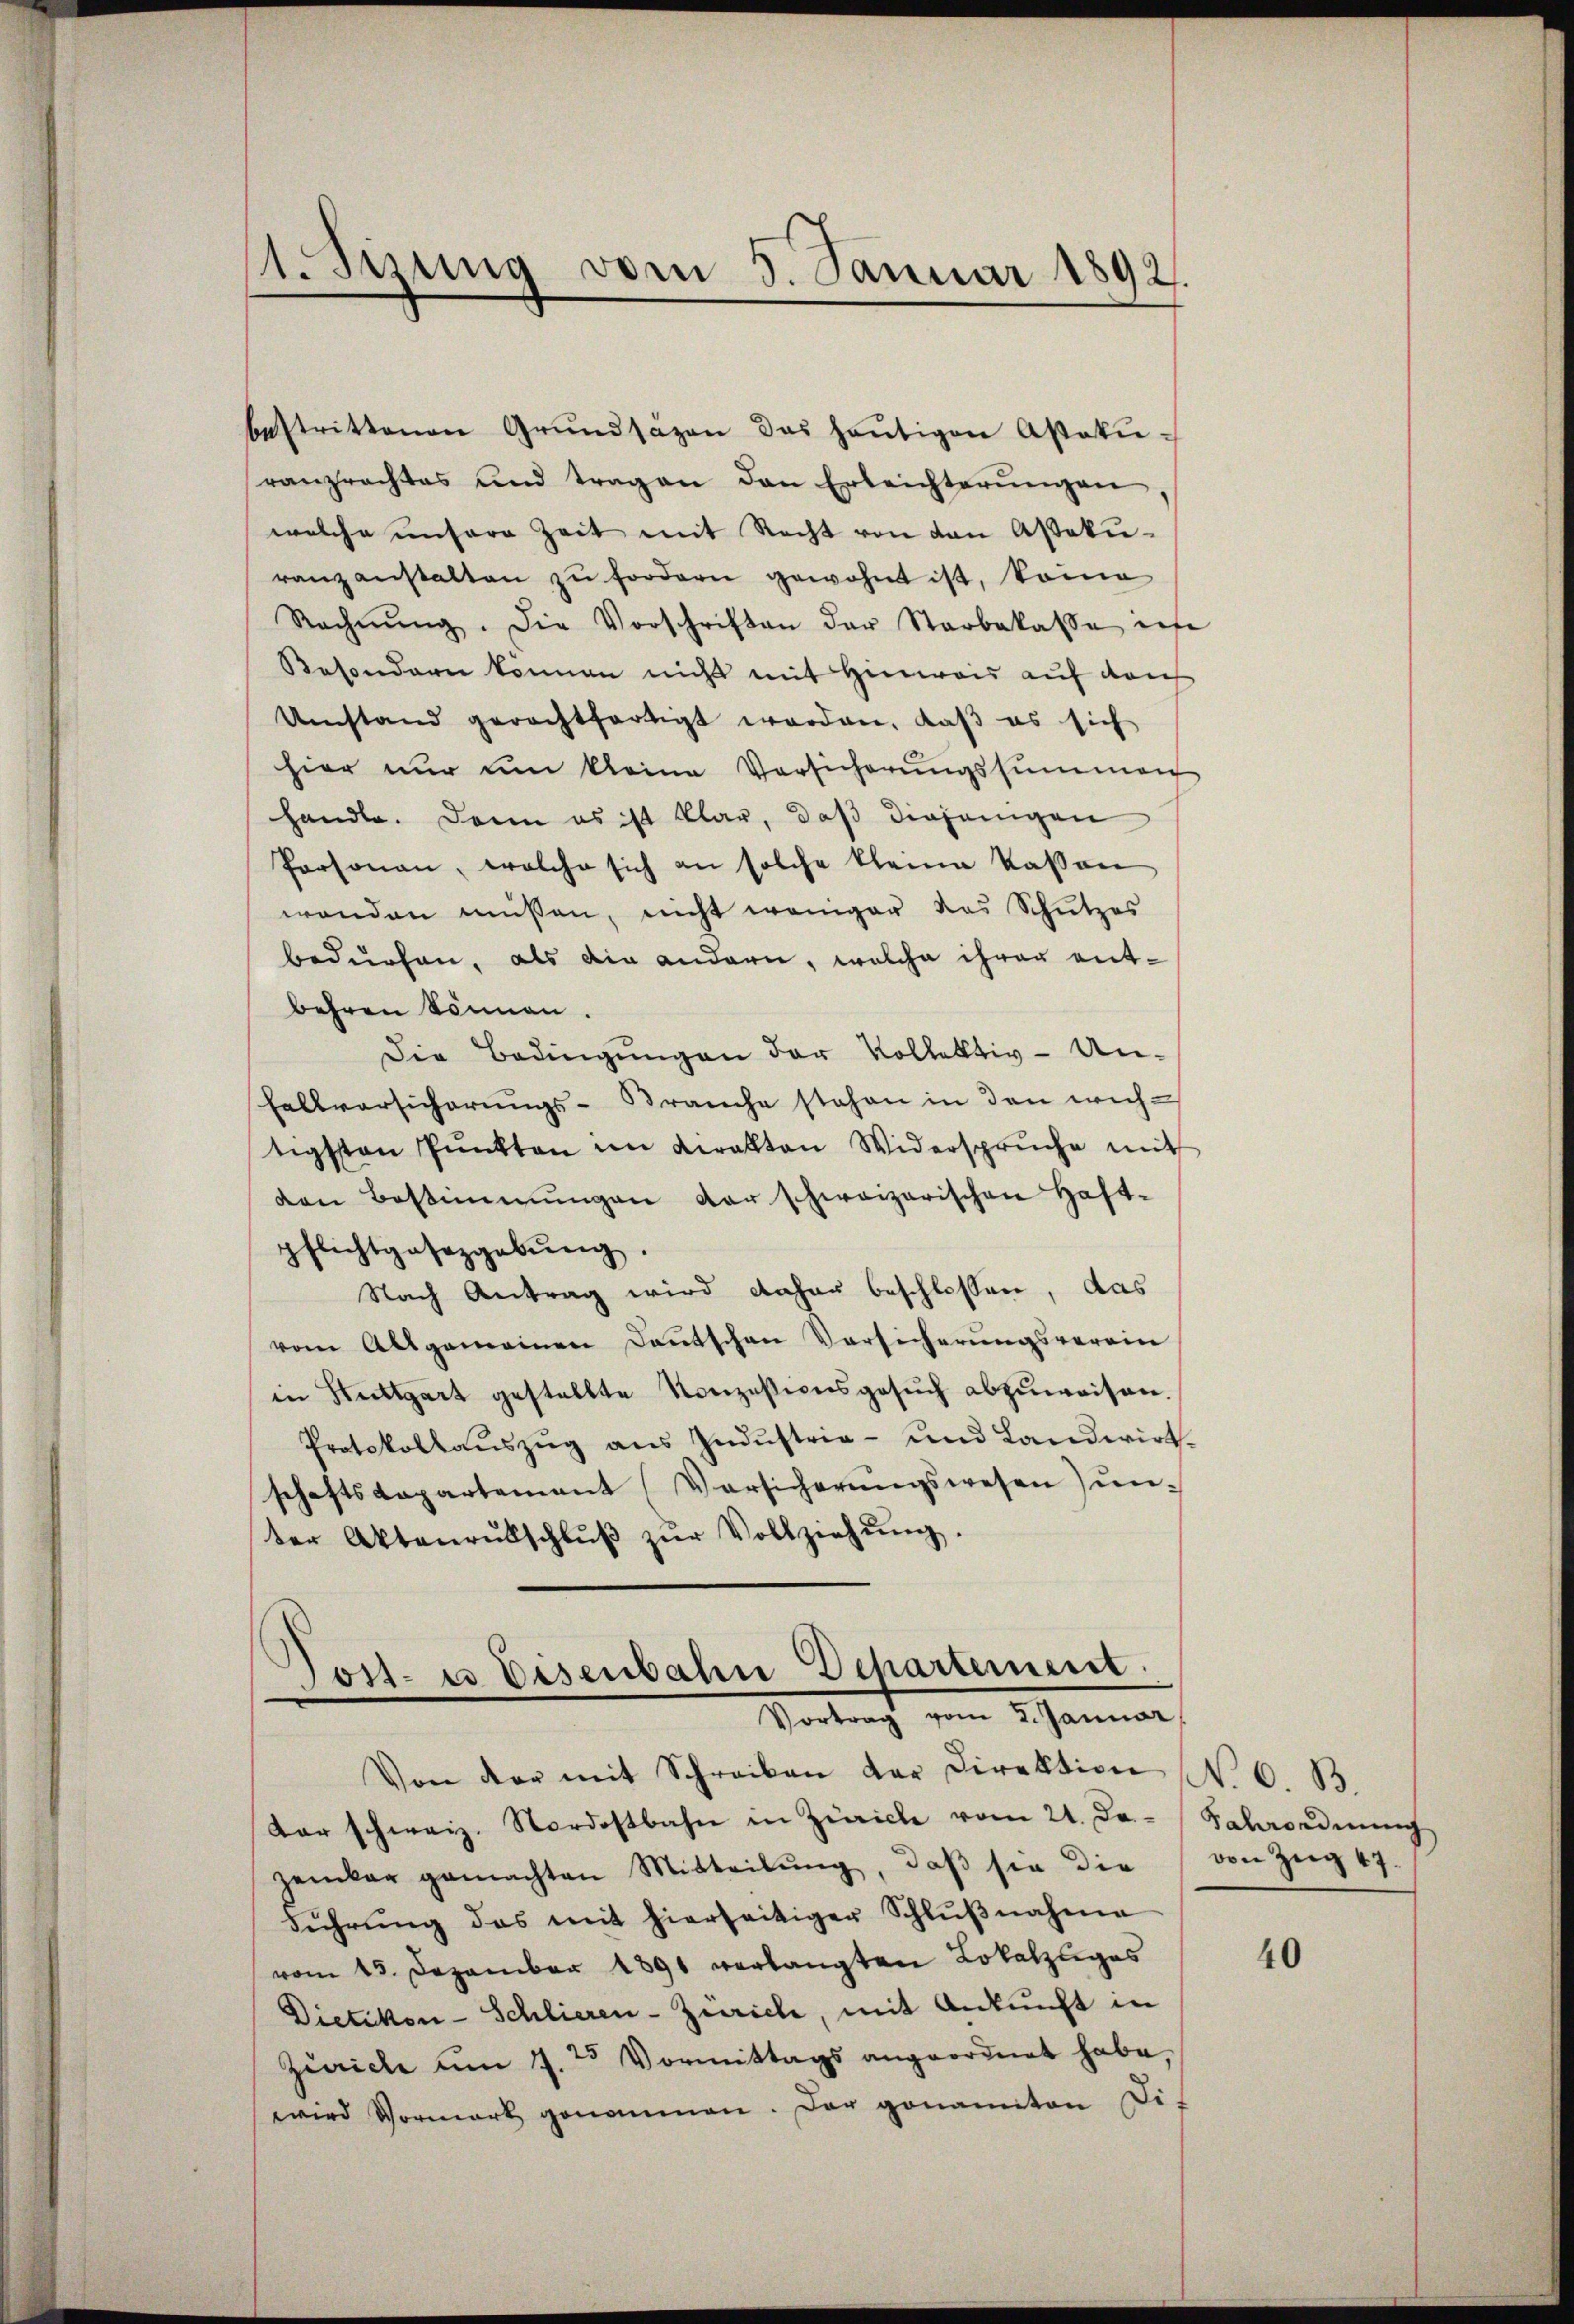
1. Sirung vom 5. Januar 1892.

bestrittenen Grŭndsazen das heŭtigen Apokŭ-
ranprachtes und tragen den Erleichterŭngen
welche unsere Zeit mit Recht von den Aßeku-
ranzanstalten zu fordern gewohnt ist, könne
Rechnŭng. Die Vorschriften der Starbakasse in
Besondern können nicht mit Hinweis auf dah
Umstand gerachtfertigt worden, daβ es sich
hier nŭr ŭm kleine Versicherŭngssummen
handle. Dann es ist klar, daß diejenigen
Personau, welche sich an solche kleine Kassen
wenden müssen, nicht weniger das Schutzes
bedürfen, als die andern, welche ihrer entbehren können.
Die Bedingungen der Vollektiv-Un¬
Fallversicherungs-Branche stehen in den wichtigsten Pŭnkten im Krakten Widerspruche mit
den Bestimmungen der schweizerischen Haft-
pflichtgesetzgebŭng.
Nach Antrag wird daher beschlossen, das
vom Allgemeinen Dantschen Vorsicherŭngsverein
in Hettgart gestellte Konzessionsgesŭch abzuweisen.
Protokollaŭszŭg ans Indŭstria- und Landwirt-
schaftspapartement Versicherungswesen) unter Aktenrŭbschlŭβ zŭr Vollziehŭng.

Jost es Disenbahn Departement
Vortrag vom 2. Januar

Von der mit Schreiben der Direktion N. O. B.
Kar schweiz. Nordostbahn in Zürich vom 21. De
zember gemachten Mitteilŭng, daβ sie die
Führŭng des mit hierseitiger Schlŭβnahme
vom 13. Dezember 1891 verlangten Lokalzuges
Dietikon-Schlieren-Zürich, mit Ankunft in
Zürich um 7. 25 Vormittags angeordnet habe,
wird Vormark genommen. Der genannten Di-

Kabeordnung
von Zug 47.

40